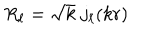
R _ { \ell } = \sqrt k \; j _ { \ell } ( k r )